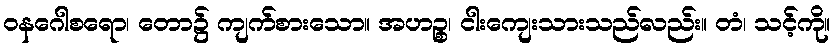
ဝနဂေါစရော၊ တော၌ ကျက်စားသော။ အဟဉ္စ၊ ငါးကျေးသားသည်လည်း။ တံ၊ သင့်ကို။